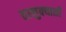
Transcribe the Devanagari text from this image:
तालुक्‍याशी